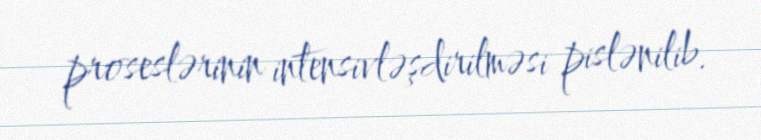
proseslərinin intensivləşdirilməsi pislənilib.